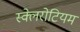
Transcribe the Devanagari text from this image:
स्क्लेरोटियम